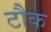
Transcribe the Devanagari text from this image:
टौक